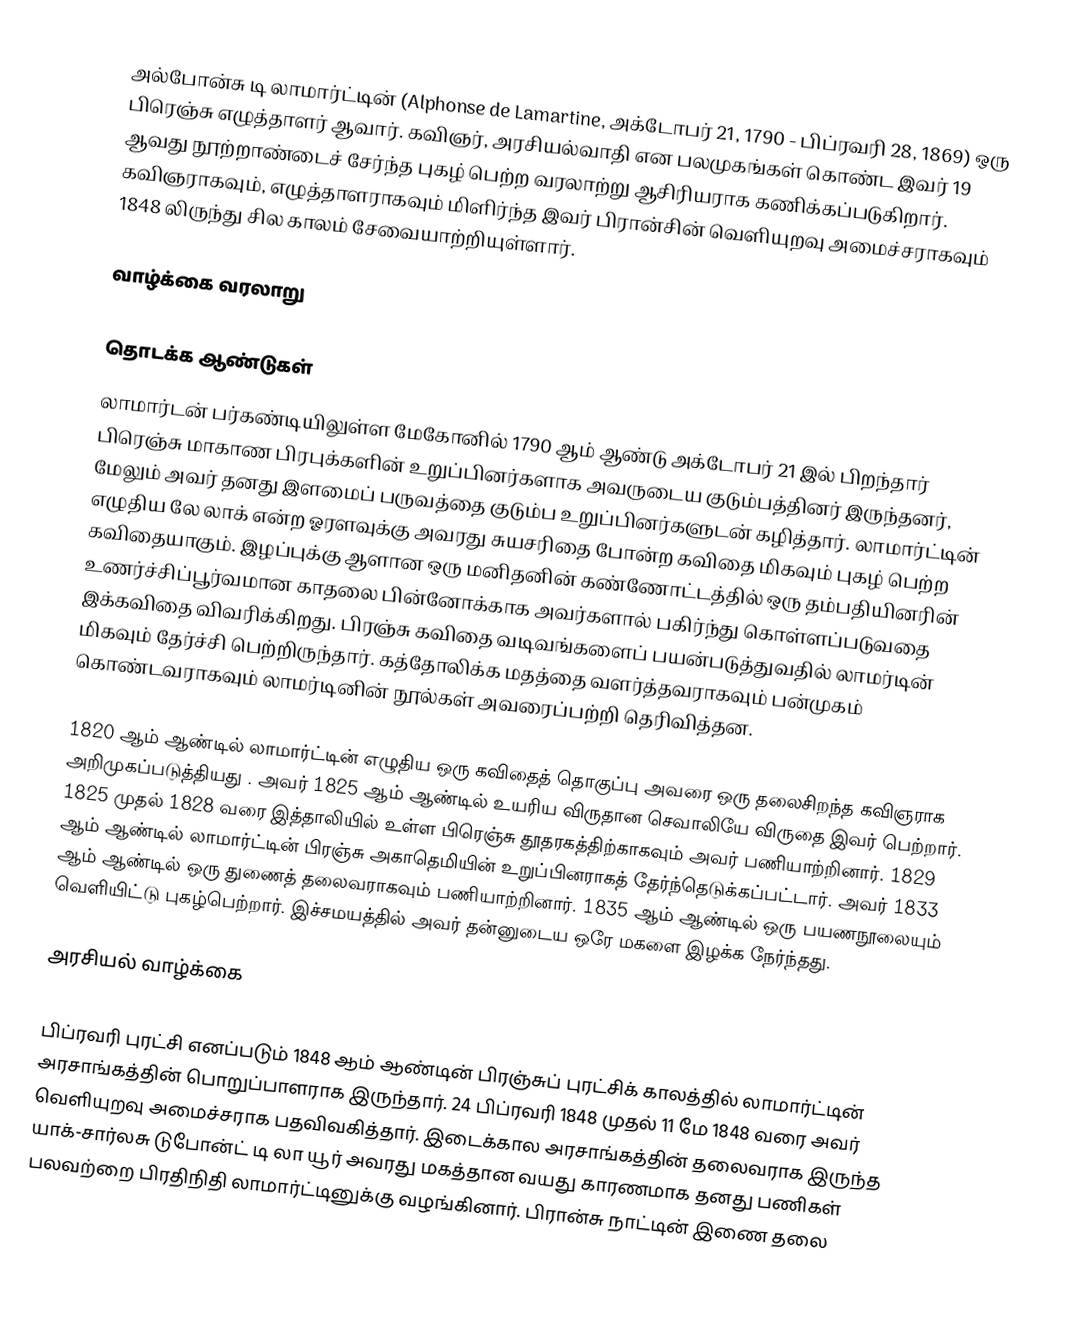
அல்போன்சு டி லாமார்ட்டின் (Alphonse de Lamartine, அக்டோபர் 21, 1790 - பிப்ரவரி 28, 1869) ஒரு பிரெஞ்சு எழுத்தாளர் ஆவார். கவிஞர், அரசியல்வாதி என பலமுகங்கள் கொண்ட இவர் 19 ஆவது நூற்றாண்டைச் சேர்ந்த புகழ் பெற்ற வரலாற்று ஆசிரியராக கணிக்கப்படுகிறார். கவிஞராகவும், எழுத்தாளராகவும் மிளிர்ந்த இவர் பிரான்சின் வெளியுறவு அமைச்சராகவும் 1848 லிருந்து சில காலம் சேவையாற்றியுள்ளார்.

வாழ்க்கை வரலாறு

தொடக்க ஆண்டுகள்
லாமார்டன் பர்கண்டியிலுள்ள மேகோனில் 1790 ஆம் ஆண்டு அக்டோபர் 21 இல் பிறந்தார்  பிரெஞ்சு மாகாண பிரபுக்களின் உறுப்பினர்களாக அவருடைய குடும்பத்தினர் இருந்தனர், மேலும் அவர் தனது இளமைப் பருவத்தை குடும்ப உறுப்பினர்களுடன் கழித்தார்.  லாமார்ட்டின் எழுதிய லே லாக் என்ற ஓரளவுக்கு அவரது சுயசரிதை போன்ற கவிதை மிகவும் புகழ் பெற்ற கவிதையாகும். இழப்புக்கு ஆளான ஒரு மனிதனின் கண்ணோட்டத்தில் ஒரு தம்பதியினரின் உணர்ச்சிப்பூர்வமான காதலை பின்னோக்காக  அவர்களால் பகிர்ந்து கொள்ளப்படுவதை இக்கவிதை விவரிக்கிறது. பிரஞ்சு கவிதை வடிவங்களைப் பயன்படுத்துவதில் லாமர்டின் மிகவும் தேர்ச்சி பெற்றிருந்தார். கத்தோலிக்க  மதத்தை வளர்த்தவராகவும் பன்முகம் கொண்டவராகவும் லாமர்டினின் நூல்கள் அவரைப்பற்றி தெரிவித்தன.

1820 ஆம் ஆண்டில் லாமார்ட்டின் எழுதிய ஒரு கவிதைத் தொகுப்பு அவரை ஒரு தலைசிறந்த கவிஞராக அறிமுகப்படுத்தியது . அவர் 1825 ஆம் ஆண்டில் உயரிய விருதான செவாலியே விருதை இவர் பெற்றார். 1825 முதல் 1828 வரை இத்தாலியில் உள்ள பிரெஞ்சு தூதரகத்திற்காகவும் அவர் பணியாற்றினார். 1829 ஆம் ஆண்டில் லாமார்ட்டின் பிரஞ்சு அகாதெமியின் உறுப்பினராகத் தேர்ந்தெடுக்கப்பட்டார். அவர் 1833 ஆம் ஆண்டில் ஒரு துணைத் தலைவராகவும் பணியாற்றினார். 1835 ஆம் ஆண்டில்  ஒரு பயணநூலையும் வெளியிட்டு புகழ்பெற்றார். இச்சமயத்தில் அவர் தன்னுடைய ஒரே மகளை இழக்க நேர்ந்தது.

அரசியல் வாழ்க்கை

பிப்ரவரி புரட்சி எனப்படும் 1848 ஆம் ஆண்டின் பிரஞ்சுப் புரட்சிக் காலத்தில் லாமார்ட்டின் அரசாங்கத்தின் பொறுப்பாளராக இருந்தார். 24 பிப்ரவரி 1848 முதல் 11 மே 1848 வரை அவர் வெளியுறவு அமைச்சராக பதவிவகித்தார். இடைக்கால அரசாங்கத்தின் தலைவராக இருந்த  யாக்-சார்லசு டுபோன்ட் டி லா யூர் அவரது மகத்தான வயது காரணமாக தனது பணிகள் பலவற்றை பிரதிநிதி லாமார்ட்டினுக்கு வழங்கினார். பிரான்சு நாட்டின் இணை தலை